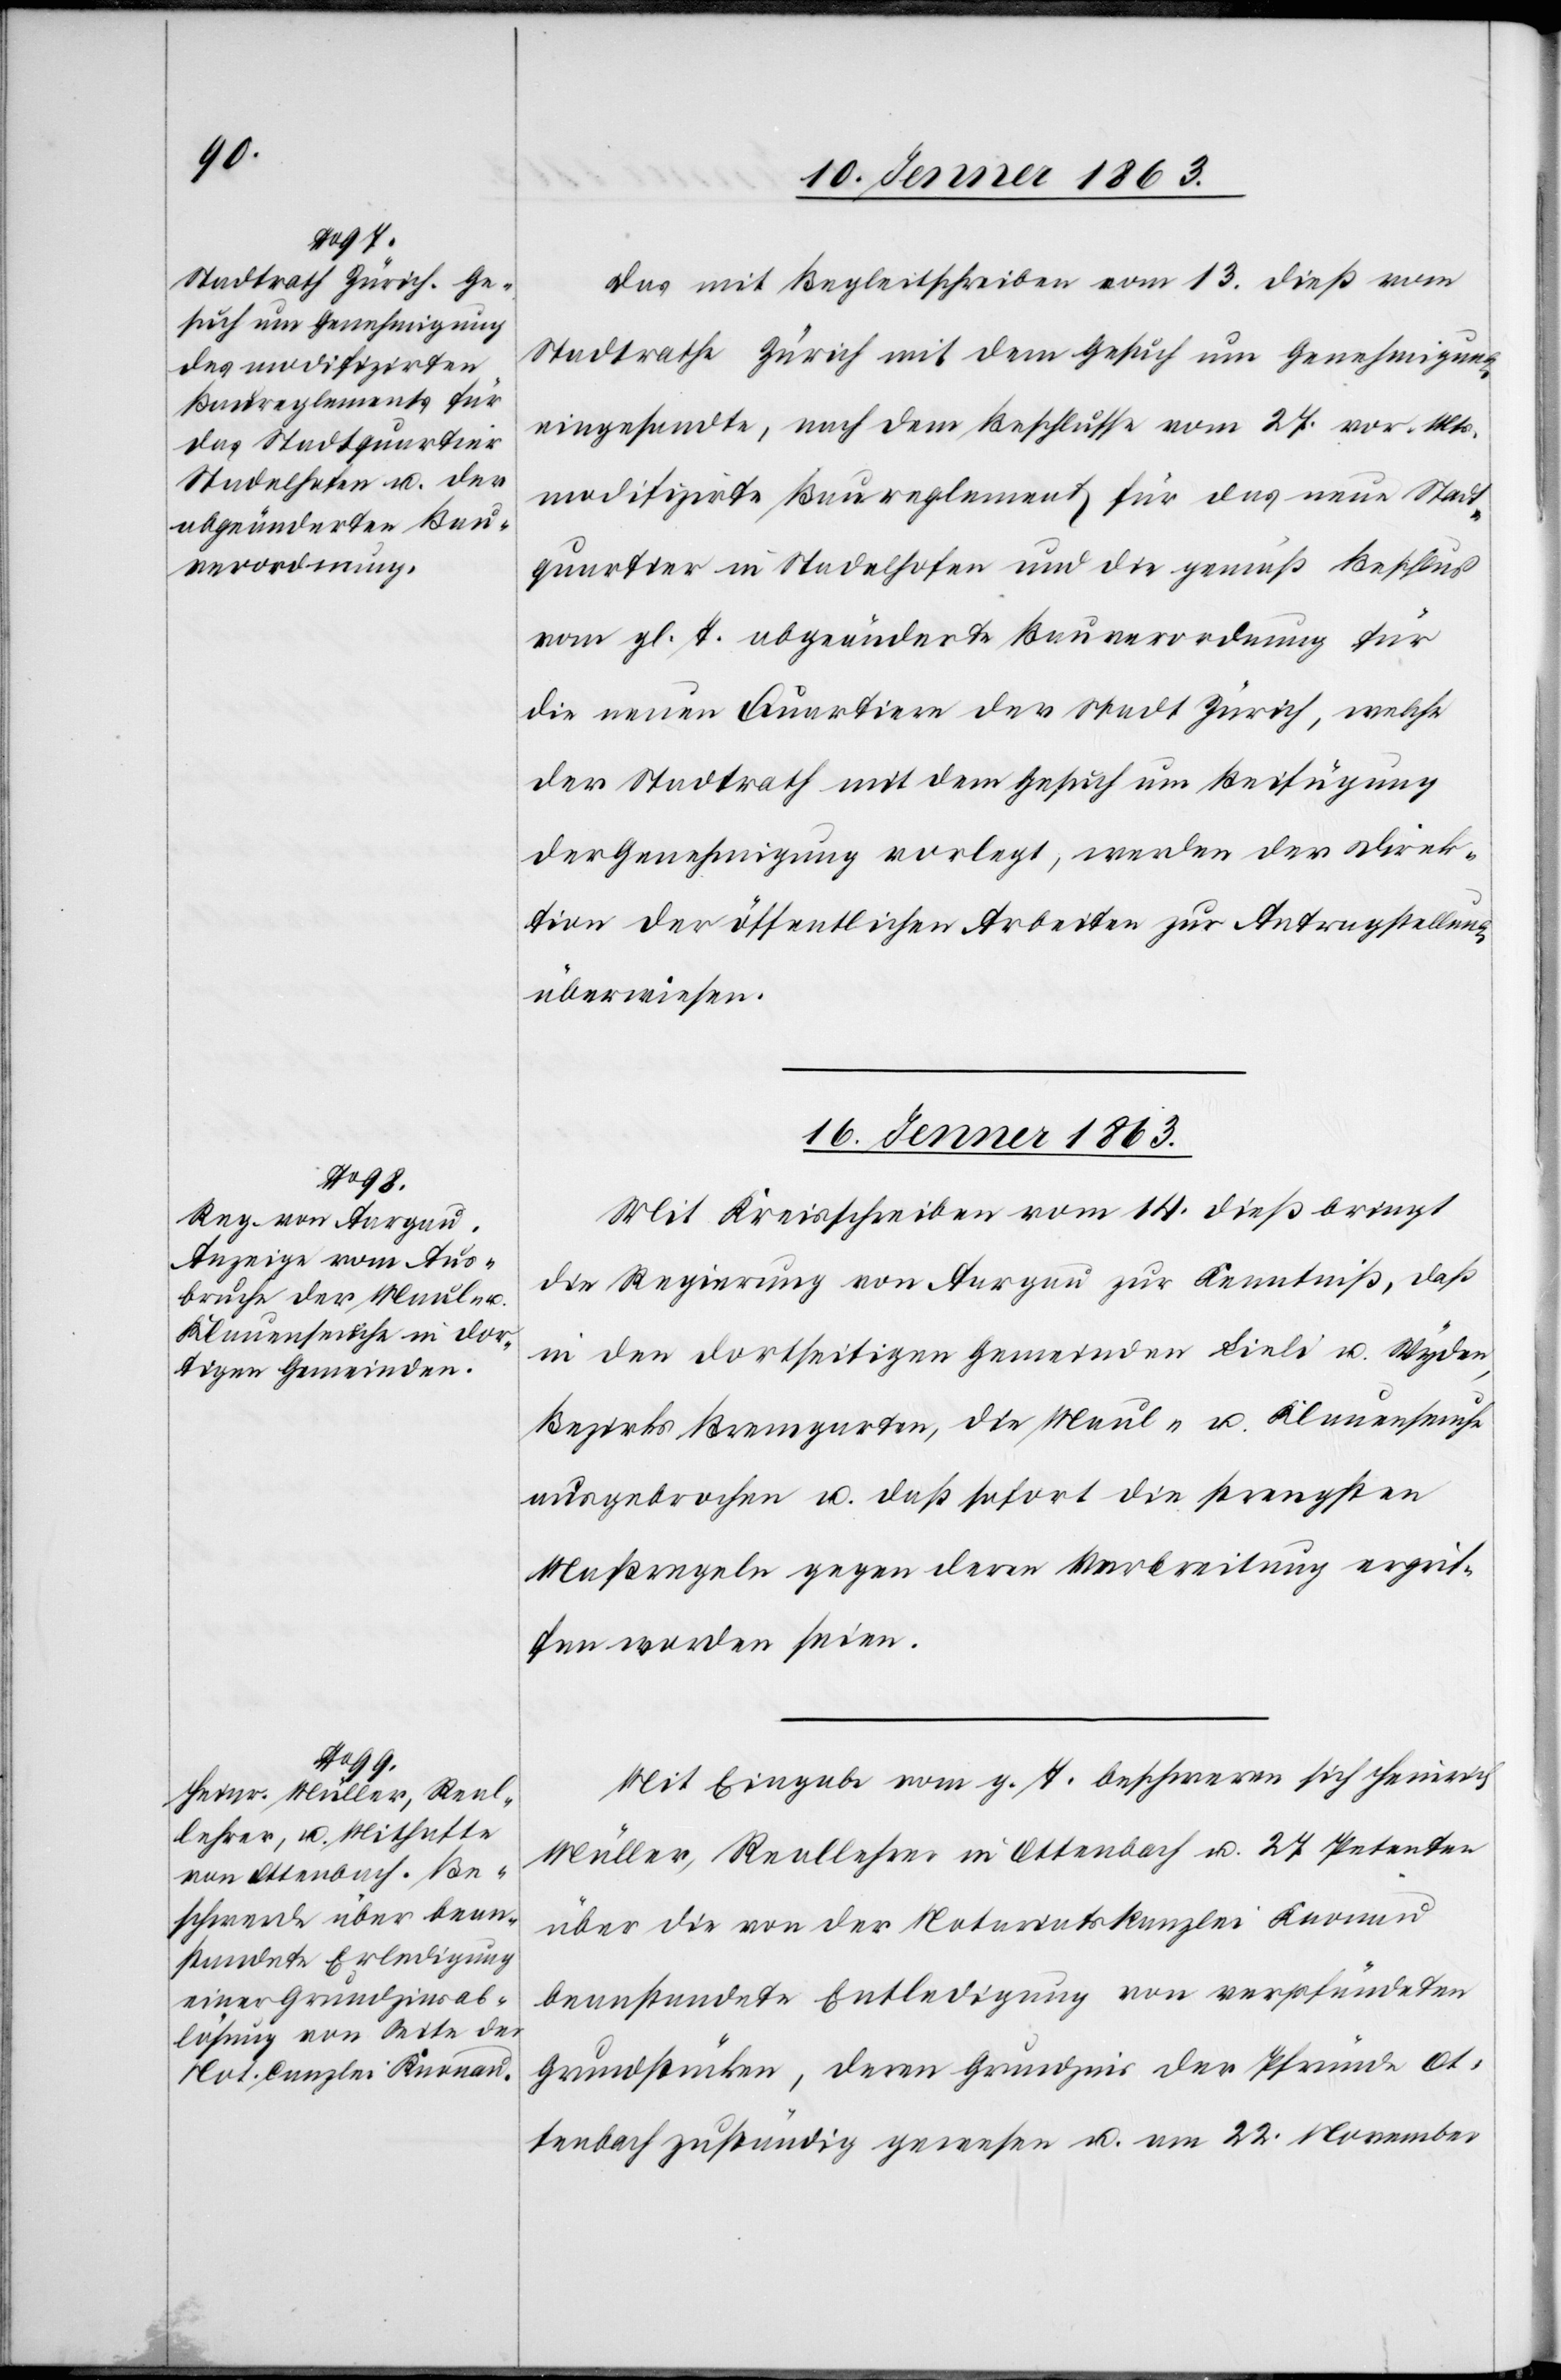
15. Jenner 1863.]
Das mit Begleitschrift vom 13. dieß vom
Stadtrathe Zürich mit dem Gesuch um Genehmigung
eingesandte, nach dem Beschlusse vom 27. vor. Mts.
modifizirte Baureglement für das neue Stadt¬
quartier in Stadelhofen und die gemäß Beschluß
vom gl. T. abgeänderte Bauverordnung für
die neuen Quartiere der Stadt Zürich, welche
der Stadtrath mit dem Gesuch um Beifügung
der Genehmigung vorlegt, werden der Direk¬
tion der öffentlichen Arbeiten zur Antragstellung
überwiesen.
16. Jenner 1863.]
Mit Kreisschreiben vom 14. dieß bringt
die Regierung von Aargau zur Kenntniß, daß
in den dortseitigen Gemeinden Lieli und Wyden,
Bezirks Bremgarten, die Maul- u. Klauenseuche
ausgebrochen u. daß sofort die strengsten
Maßregeln gegen deren Verbreitung ergrif¬
fen worden seien.
Mit Eingabe vom g. T. beschweren sich Heinrich
Müller, Reallehrer in Ottenbach u. 27 Petenten
über die von der Notariatskanzlei Knonau
beanstandete Entledigung [sic!] von verpfändeten
Grundstücken, deren Grundzins der Pfründe Ot¬
tenbach zuständig gewesen u. am 22. November